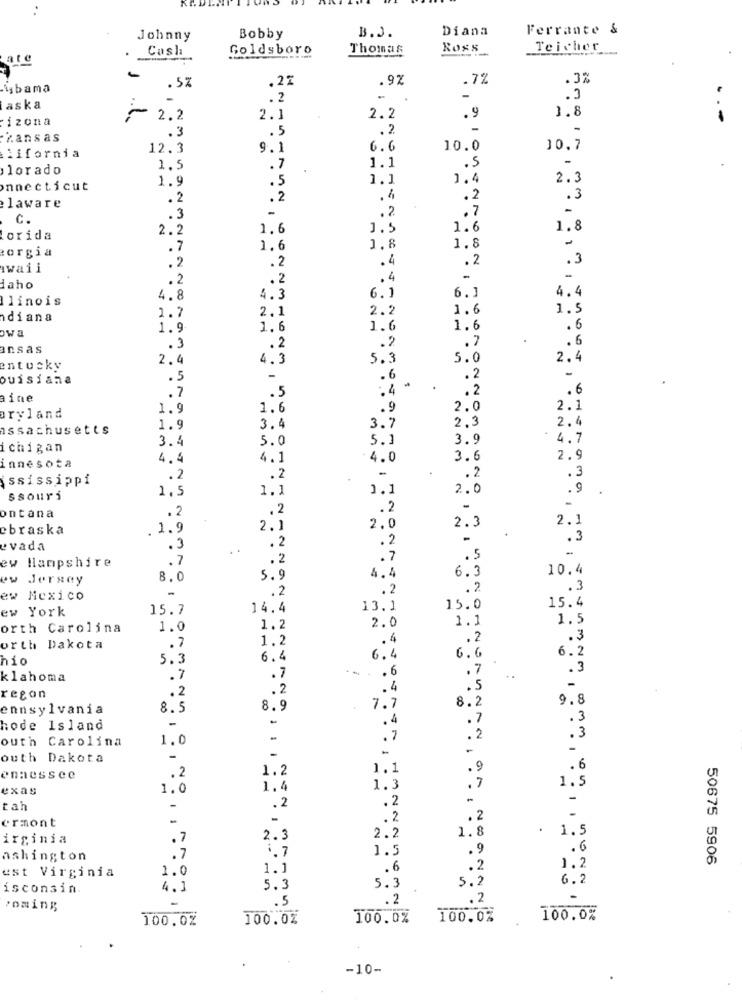
B.J.
Diana
Ferrante &
Johnny
Bobby
Cash
Goldsboro
Thomas
Ross
Teicher
ate
-
.22
.97
.7%
.3%
ibama
.5%
.2
aska
1.8
izona
2.2
2.1
2.2
.9
..-
.5
. 2
-
-Zansas
.3
12.3
9.1
6.6
10.0
10.7
iifornia
lorado
1.5
.7
1.1
.5
1.9
.5
1.1
1.4
2.3
onnecticut
. 2
.2
.4
.2
.3
laware
.2
.7
-
C.
.3
-
2.2
1.6
1.5
1.6
1.8
orida
orgia
.7
1.6
1,8
1.8
.2
.
.2
.3
waii
.2
.2
.2
.4
-
daho
6.1
4.4
llinois
4.8
4.3
6.1
1.7
2.1
2.2
1.6
1.5
diana
owa
1.9
1. 6
1.6
1.6
.6
.2
.7
.6
ansas
.3
. 2
2.4
4.3
5.3
5.0
2.4
entucky
ouisiana
.5
.6
.2
-
. 7
.5
. 4
.2
.6
aine
1.9
1.6
.9
2.0
2.1
aryland
2,3
2.4
issachusetts
1.9
3.4
3.7
3.4
5.0
5.1
3.9
4.7
ichigan
4.4
4.1
4.0
3.6
2.9
innesota
ssissippi
. 2
.2
-
.2
.3
1,5
1.1
1.1
2.0
.9
ssouri
. 2
.2
.2
ontana
2.1
ebraska
1.9
2.1
2.0
2.3
. 2
.3
evada
.3
. 2
-
.7
. 2
.7
.5
ew Hampshire
6.3
10.4
ew Jersey
8.0
5.9
4.4
-
.2
. 2
.2
.3
ew Mexico
15.4
ew York
15.7
14.4
13.1
15.0
1.1
1.5
orth Carolina
1.0
1.2
2.0
1.2
. 4
.2
.3
orth Dakota
.7
6.2
hio
5.3
6.4
6.4
6.6
.7
.3
klahoma
.7
.7
... . . 6
.2
.2
. 4
.5
regon
8.2
9.8
ennsylvania
8.5
8.9
7.7
-
.4
.7
.3
hode Island
outh Carolina
1.0
.7
. 2
.3
-
outh Dakota
-
1.2
1.1
.9
.6
ennessee
.2
1.5
exas
1.0
1.4
1.3
.7
.2
-
-
tah
.2
ermont
-
-
.2
.2
1.8
.
1.5
irginia
.7
2.3
2.2
. 7
1.7
1.5
.9
.6
ashington
50675 5906
1.0
1.1
.6
.2
1.2
est Virginia
5.2
6.2
isconsin.
4.1
5.3
5.3
-
.5
.2
. 2
-
coming
100.0%
100.0%
100.0%
100.0%
100.0%
-10-